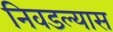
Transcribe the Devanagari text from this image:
निवडल्यास